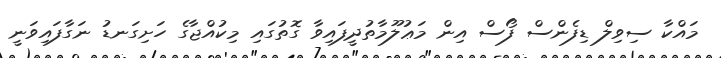
މައްކާ ސިވިލް ޑިފެންސް ފޯސް އިން މަޢުލޫމާތުދީފައިވާ ގޮތުގައި މިކުއްޖާގެ ހަށިގަނޑު ނަގާފައިވަނީ